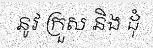
នូវ ក្រួស និង ដុំ